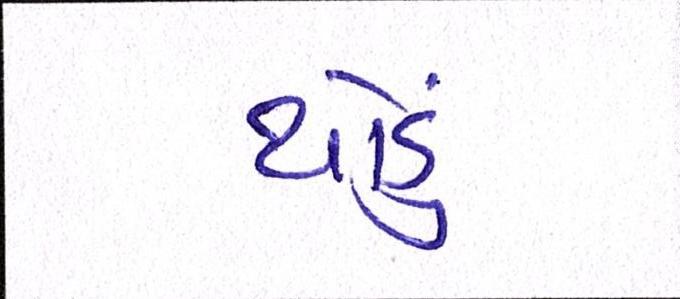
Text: થોડું